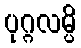
ပုဂ္ဂလမ္ပိ